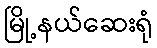
မြို့နယ်ဆေးရုံ